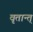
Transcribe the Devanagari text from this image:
वृतान्त्